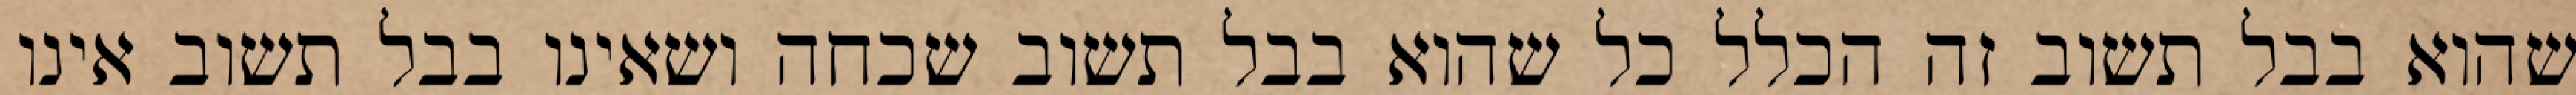
שהוא בבל תשוב זה הכלל כל שהוא בבל תשוב שכחה ושאינו בבל תשוב אינו